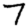
Digit: 7